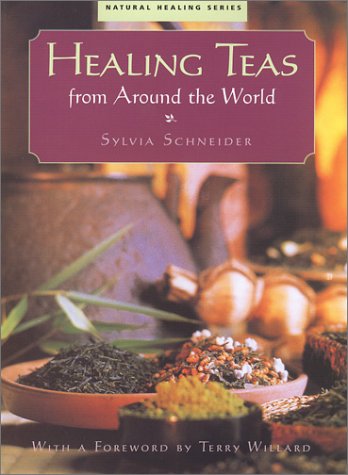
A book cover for Healing Teas from Around the World; Sylvia Schneider; Health, Fitness & Dieting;